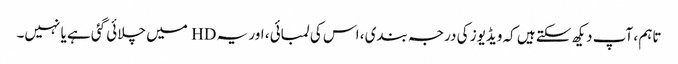
تاہم ، آپ دیکھ سکتے ہیں کہ ویڈیوز کی درجہ بندی ، اس کی لمبائی ، اور یہ HD میں چلائی گئی ہے یا نہیں۔